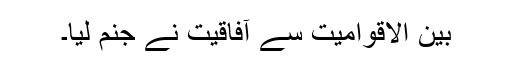
بین الاقوامیت سے آفاقیت نے جنم لیا۔